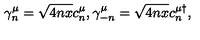
\gamma _ { n } ^ { \mu } = \sqrt { 4 n x } c _ { n } ^ { \mu } , \gamma _ { - n } ^ { \mu } = \sqrt { 4 n x } c _ { n } ^ { \mu \dagger } ,